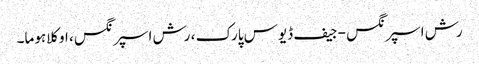
رش اسپرنگس - جیف ڈیوس پارک ، رش اسپرنگس ، اوکلاہوما۔